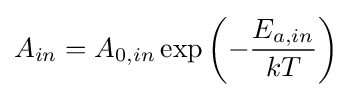
A_{in}=A_{0,in}\exp \left(-{\frac {E_{a,in}}{kT}}\right)